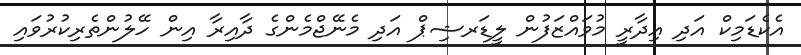
އެކެޑަމިކް އަދި އިދާރީ މުވައްޒަފުން ލީޑަރޝިޕް އަދި މެނޭޖްމެންގެ ދާއިރާ އިން ހޭލުންތެރިކުރުވައި